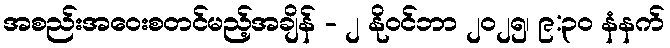
အစည်းအဝေးစတင်မည့်အချိန် - ၂ နိုဝင်ဘာ ၂၀၂၅၊ ၉:၃၀ နံနက်